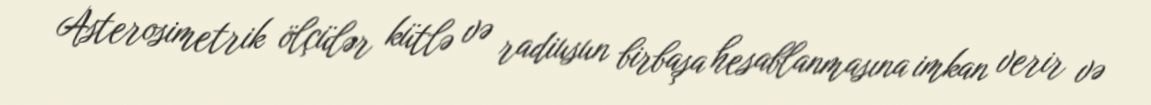
Asterosimetrik ölçülər kütlə və radiusun birbaşa hesablanmasına imkan verir və